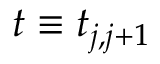
t \equiv t _ { j , j + 1 }